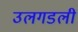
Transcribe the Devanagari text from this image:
उलगडली